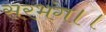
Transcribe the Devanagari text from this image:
सरभंग।।